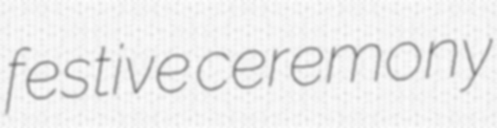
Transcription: festive ceremony